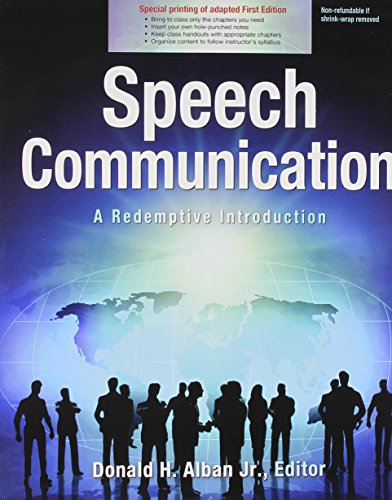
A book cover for Speech Communication: A Redemptive Introduction (Online Version); ALBAN  DONALD H; Reference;